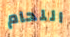
اللحام